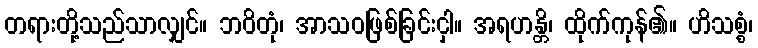
တရားတို့သည်သာလျှင်။ ဘဝိတုံ၊ အာသဝဖြစ်ခြင်းငှါ။ အရဟန္တိ၊ ထိုက်ကုန်၏။ ဟိသစ္စံ၊